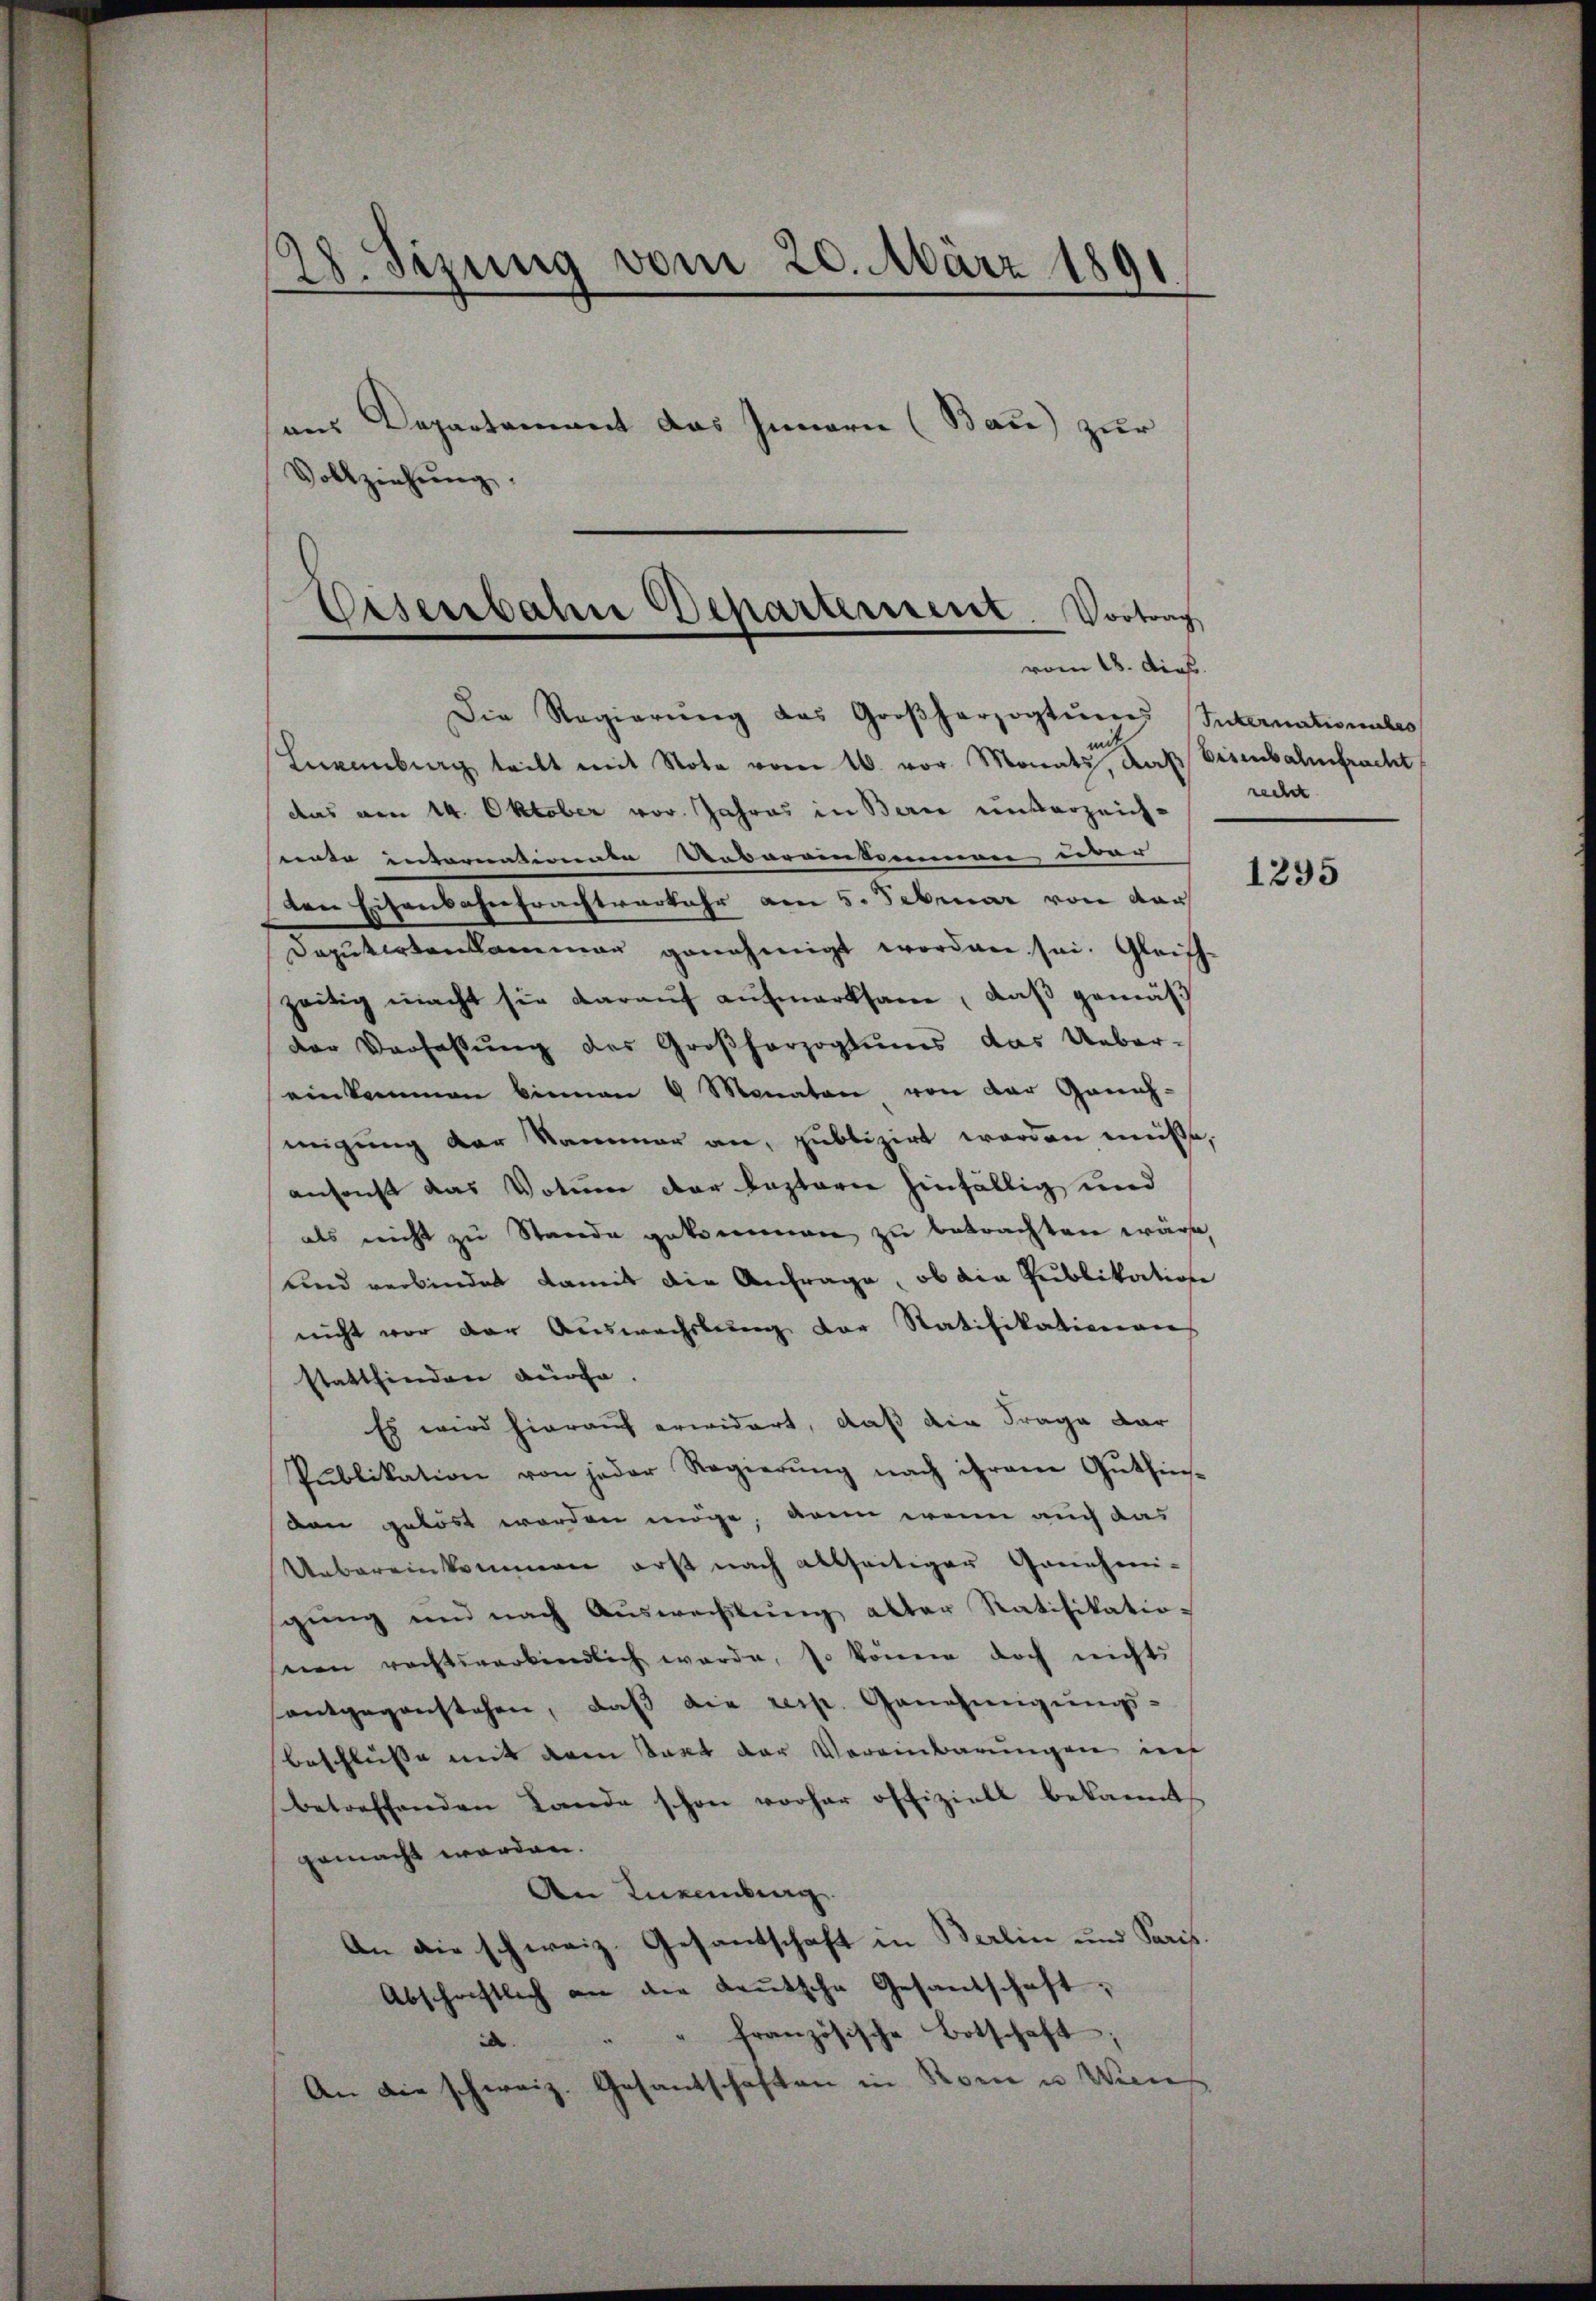
28. Sizung vom 20. März 1891

ans Departement das Innern (Bau) zur
Vollziehŭng.
Veserbahne Departement. Vortrag

vom 18. dies

Die Regierŭng des Großherzogtŭm Internationales
Lewenburg teilt mit Note vom 16. vor Monats, das Eisenbahnfracht
das von 14. Oktober vor. Jahres in Berne unverzeichente internationate Reberamtmann über
ten Eisenbahntrachtverkehr am 5. Februar von Nor
Deputirtenkammer genehmigt worden sei. Gleichzeitig macht sie darauf aufmerksam, daß gemäs
der Verfassŭng des Großherzogtumes das Ueber-
einkommen binnen 4 Monaten von der Geneh-
migung der Kammer an, publizirt werden müsse,
ansonst das Votum der besterie hinfällig und
als nicht zu Stande gekommen zu betrachten wäre,
und verbindet damit die Anfrage, ob die Publikation
nicht vor der Auswachslung der Ratifikationen
stattfinden dürfe.
Es wird hierauf erwidert, daß die Frage dar
Publikation von jeder Regierŭng nach ihrem Gŭthin-
don gelöst worden möge, wenn wenn auch das
Uebereinkommen erst nach allseitiger Genehmni-
gŭng und nach Aŭswechstŭng alter Ratifikatio-
seien rechtsverbindlich werde, so könne doch nichts
antgegenstehen, daß die resp. Genehmigungs-
Beschlüsse mit dem Takt der Vereinbarungen in
betreffenden Lande schon vorher offiziell bekannt
gemacht worden.
An Lucentrag
An die schweiz. Gesantschaft in Berlin und Paris.
Abschriftlich an die Leŭtsche Gesandschaft,
" " französische Botschaft.
An die schweiz. Gesantschaften in Sonne u. Wen

recht

1295